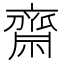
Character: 齋